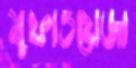
মুফাওয়েজা